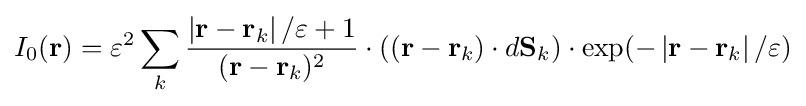
I_{0}(\mathbf {r} )={\varepsilon ^{2}\sum \limits _{k}{\dfrac {\left|\mathbf {r} -\mathbf {r} _{k}\right|/\varepsilon +1}{(\mathbf {r} -\mathbf {r} _{k})^{2}}}\cdot ((\mathbf {r} -\mathbf {r} _{k})\cdot d\mathbf {S} _{k})\cdot \exp(-\left|\mathbf {r} -\mathbf {r} _{k}\right|/\varepsilon )}